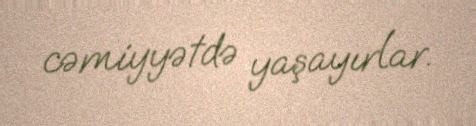
cəmiyyətdə yaşayırlar.